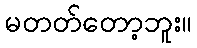
မတတ်တော့ဘူး။